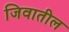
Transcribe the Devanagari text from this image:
जिवातील